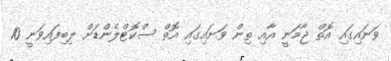
ވަނައިގައި އޮތް ޖާމަނީ އާއި ތިން ވަނައިގައި އޮތް ސްކޮޓްލެންޑަށް ލިބިފައިވަނީ 10